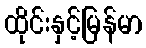
ထိုင်းနှင့်မြန်မာ